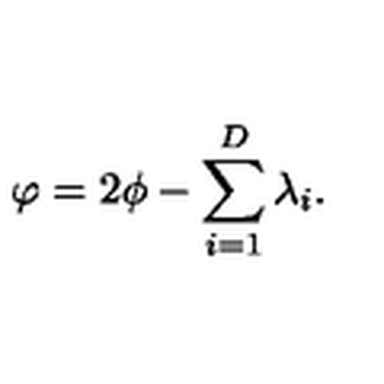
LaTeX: \varphi = 2 \phi - \sum _ { i = 1 } ^ { D } \lambda _ { i } .